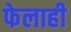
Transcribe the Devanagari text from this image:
फेलाही